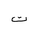
Letter: _ta